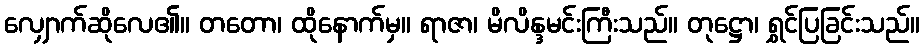
လျှောက်ဆိုလေ၏။ တတော၊ ထိုနောက်မှ။ ရာဇာ၊ မိလိန္ဒမင်းကြီးသည်။ တုဋ္ဌော၊ ရွှင်ပြခြင်းသည်။